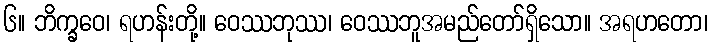
၆။ ဘိက္ခဝေ၊ ရဟန်းတို့။ ဝေဿဘုဿ၊ ဝေဿဘူအမည်တော်ရှိသော။ အရဟတော၊